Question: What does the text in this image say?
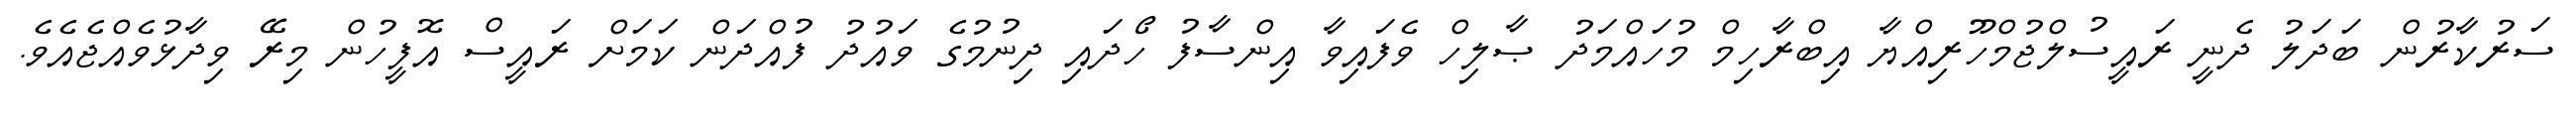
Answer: ސަރުކާރުން ބަދަލު ދެނީ ރައީސުލްޖުމްހޫރިއްޔާ އިބްރާހިމް މުހައްމަދު ޞާލިހް ވެފައިވާ އިންސާފު ހޯދައި ދިނުމުގެ ވައުދު ފުއްދަން ކަމަށް ރައީސް އޮފީހުން މިރޭ ވިދާޅުވެއްޖެއެވެ.